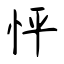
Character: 怦